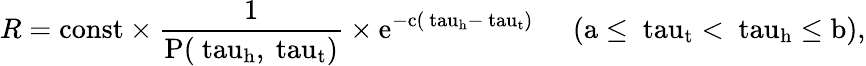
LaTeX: R=\mathrm{{const}\times\frac{1}{P(\ tau_{h},\ tau_{t})}\times e^{-c(\ tau_{h}-\ tau_{t})}\; \; \; \; \; (a\leq\ tau_{t}<\ tau_{h}\leq b),}